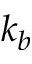
k _ { b }